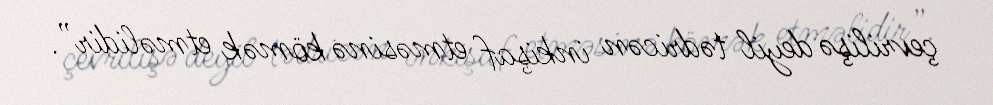
çevrilişə deyil tədricən inkişaf etməsinə kömək etməlidir”.